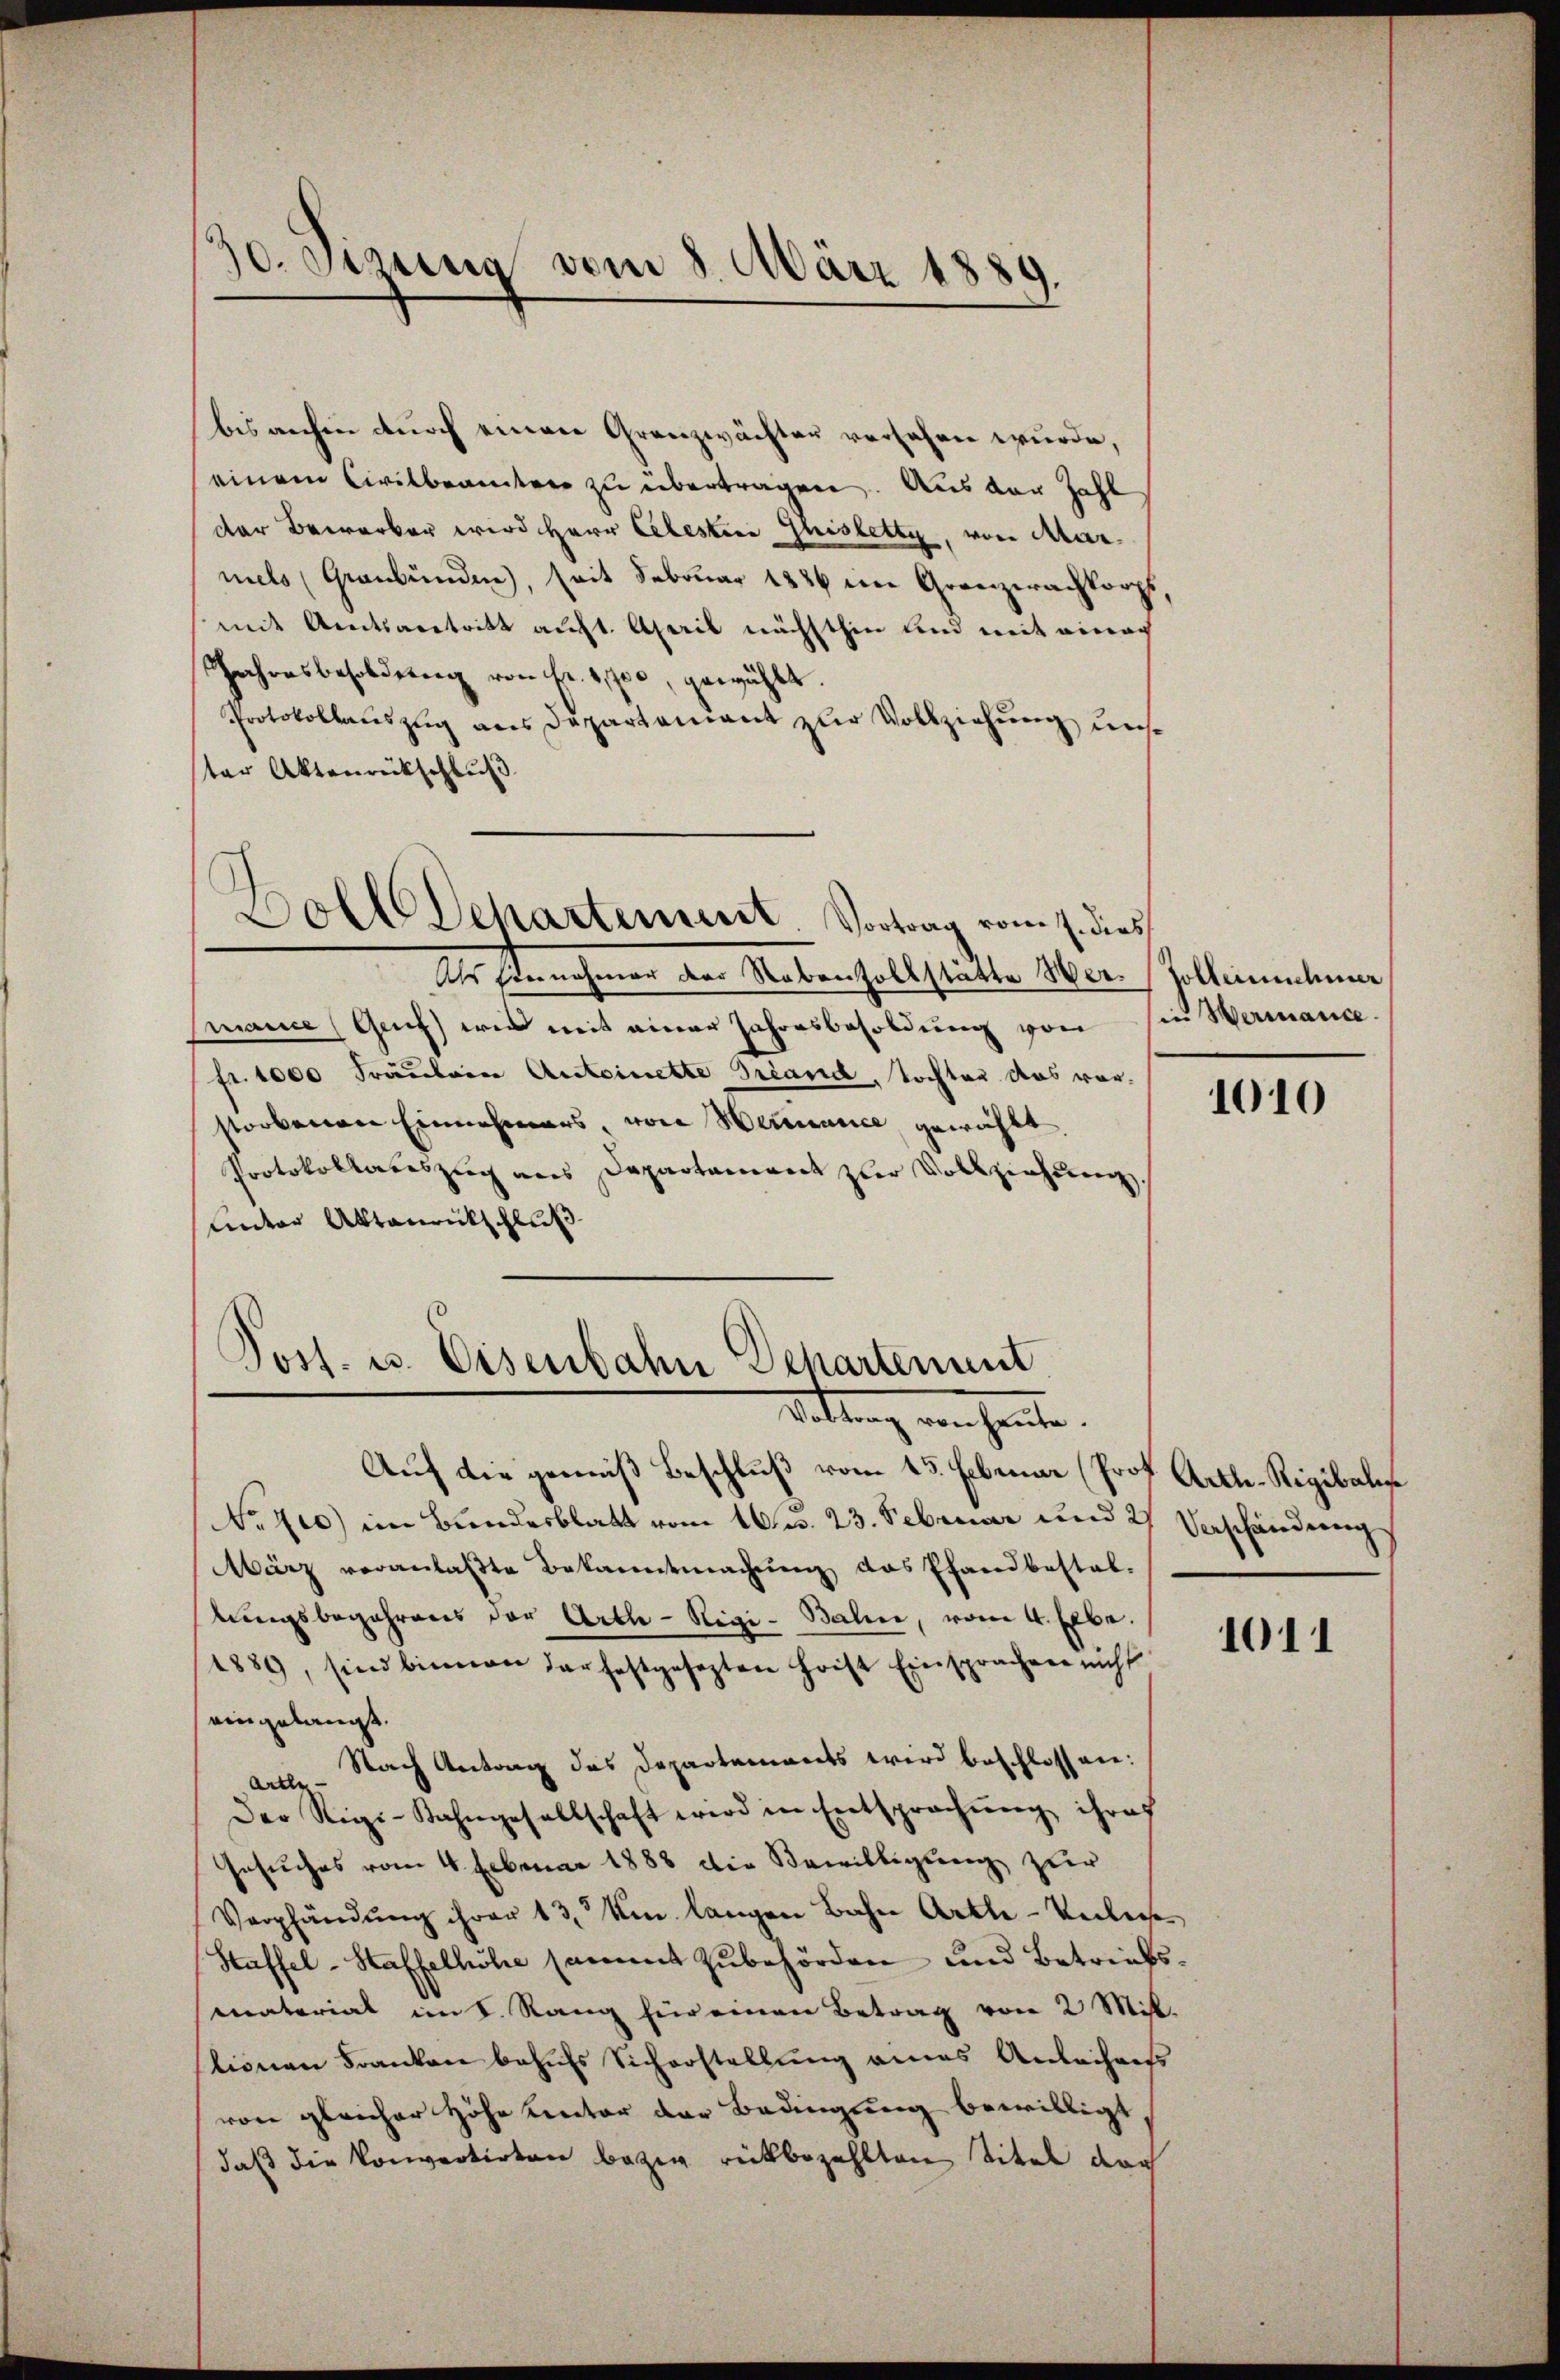
30. Sezung vom 8. März 1889

bis anhin durch einer Granzwächter versehen wurde,
einem Civilbeamter zu übertragen. Aus der Zahl
der Bewerber wird Herr Celestice Gisletty, von Marmels Graubünden), seit Februar 1886 ein Grenzerachkorps
mit Amtsantritt auft. April nächsthin und mit einer
Jahresbesoldung von Fr. 2,700, gewählt.
Protokollaŭszŭg ans Departendant zŭr Vollziehŭng un
ter Aktenrückschluß
Doll Departement. Vortrag vom 7. dies
Als Einnahmer der Nebenzollstatte Wer-Zolleinnehmer
mance (Grf) wie mit einer Jahresbesoldung von
fr. 1000 Fräulein Anteinette Grand, Tochter das vor-
storbenen Einnehmers, von Herance gewählt.
Protokollateszug aus Departament zur Vollziehung,
Unter Aktenrückschluß

Post. u. Eisenbahn Departement
Sittung von heute.

in Wermanice

Auf die gemäß Beschluß vom 13. Februar (Prof. Arth-Rigibalis
No. 410) im Bundesblatt vom 16. d. 23. Februar und 27 Verschändung
März veranlaßte Bekanntmachung das Pfandbestal-
lungsbegehrens der Arth - Rigi- Baline, vom 4. hebe.
1889, sind binnen der festgesezten Frist Einsprachen nicht
eingelangt.
arte Nach Antrag des Departements wird beschlossen:
Der Rigi-Kahngesellschaft wird in Entsprachŭng ihres
Gesuches vom 4. Februar 1888 die Bewilligung zur
Verpfändung ihrer 13. Um langen Bahn Artle-Verleise
Staffel-Staffelhöhe sammt Zubehörden und Betriebsmaterial im S. Rang für einen Betrag von 2 Mit-
stionen Franken behufs Sicherstellung eines Anleihens
von gleicher Höhe Rector der Bedingung bewilligt,
daß die Konvertirten bezig rückbezahlten Titel dar

1010

1011